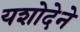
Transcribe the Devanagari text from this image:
यशोदेने